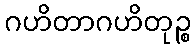
ဂဟိတာဂဟိတုဉ္စ